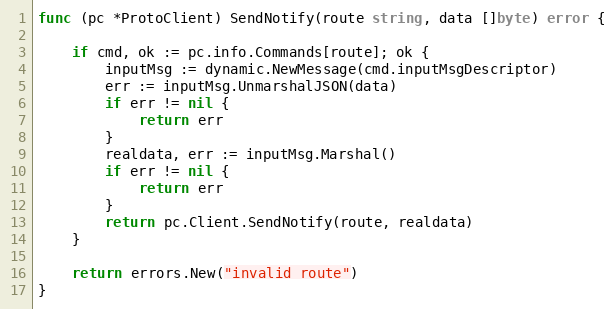
Language: Go
func (pc *ProtoClient) SendNotify(route string, data []byte) error {

	if cmd, ok := pc.info.Commands[route]; ok {
		inputMsg := dynamic.NewMessage(cmd.inputMsgDescriptor)
		err := inputMsg.UnmarshalJSON(data)
		if err != nil {
			return err
		}
		realdata, err := inputMsg.Marshal()
		if err != nil {
			return err
		}
		return pc.Client.SendNotify(route, realdata)
	}

	return errors.New("invalid route")
}